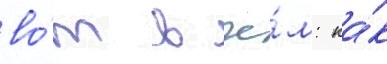
во́т в че́м: ка́к